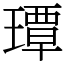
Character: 㻼